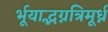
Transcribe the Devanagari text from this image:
र्भूयाद्भग्नत्रिमूर्ध्न